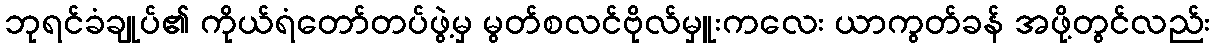
ဘုရင်ခံချုပ်၏ ကိုယ်ရံတော်တပ်ဖွဲ့မှ မွတ်စလင်ဗိုလ်မှူးကလေး ယာကွတ်ခန် အဖို့တွင်လည်း